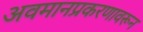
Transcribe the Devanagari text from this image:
अवमानप्रकरणावरून